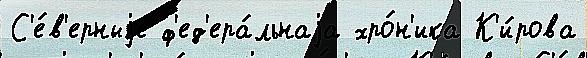
С'е́в'ерныjе ф'ед'ера́льнаjа хро́н'ика К'и́рова